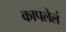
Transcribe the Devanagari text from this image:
कापलेलं